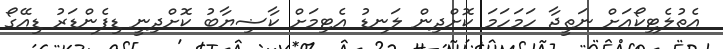
އެތުލެޓިކޯއަށް ނަތީޖާ ހަމަހަމަ ކޮށްދިން ލަނޑު އެޓިމަށް ކާޟިޔާބު ކޮށްދިނީ ޑިފެންޑަރު ޑިއޭގޯ